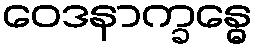
ဝေဒနာက္ခန္ဓေ